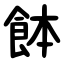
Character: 䬱